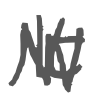
Text: It
Cross-out: zig-zag
Writing tool: digital_gray